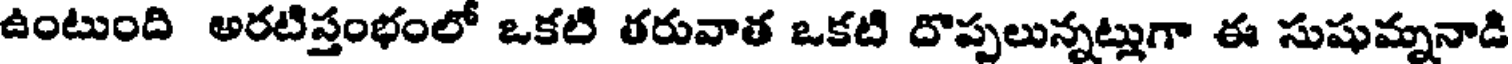
ఉంటుంది అరటిస్తంభంలో ఒకటి తరువాత ఒకటి దొప్పలున్నట్లుగా ఈ సుషుమ్ననాడి